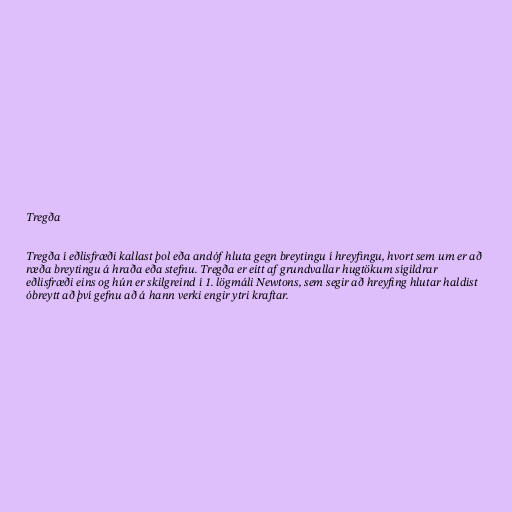
Tregða

Tregða í eðlisfræði kallast þol eða andóf hluta gegn breytingu í hreyfingu, hvort sem um er að
ræða breytingu á hraða eða stefnu. Tregða er eitt af grundvallar hugtökum sígildrar
eðlisfræði eins og hún er skilgreind í 1. lögmáli Newtons, sem segir að hreyfing hlutar haldist
óbreytt að því gefnu að á hann verki engir ytri kraftar.